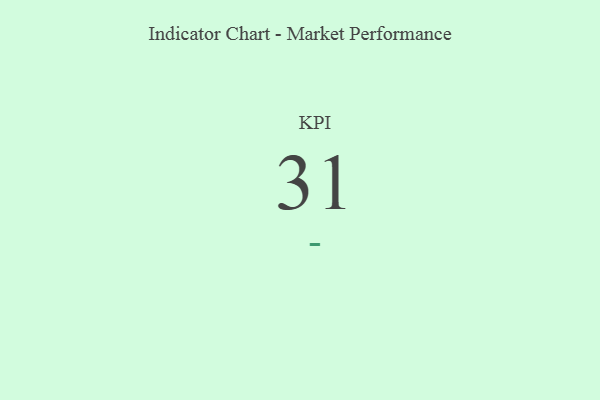
{"axis": {"x": "KPI", "y": "Value"}, "legend": [""], "data": [{"x": "KPI", "y": 31, "type": ""}]}